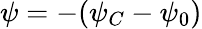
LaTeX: \psi=-(\psi_{C}-\psi_{0})